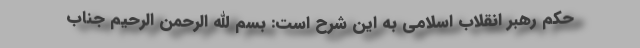
حکم رهبر انقلاب اسلامی به این شرح است: بسم الله الرحمن الرحیم جناب